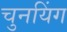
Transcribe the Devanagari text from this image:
चुनयिंग